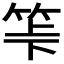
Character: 𥬷